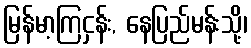
မြန်မာ့ကြငှန်း, နေပြည်မန်းသို့၊